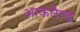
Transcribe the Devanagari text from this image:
आकलैण्ड